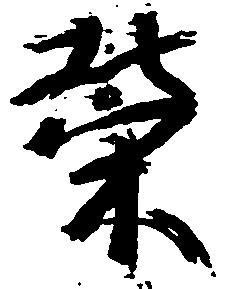
栄